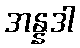
အန္နဒါ